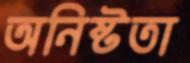
অনিষ্টতা